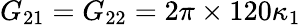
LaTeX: G_{21}=G_{22}=2\pi\times 120\kappa_{1}